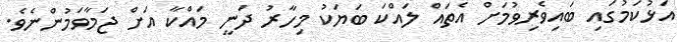
އަޅުކަމުގައި ބައިވެރިވުމަށް އެތައް ލައްކަ ބަޔަކު މިހާރު ދަނީ މައްކާ އަށް ޖަމާވަމުންނެވެ.